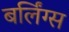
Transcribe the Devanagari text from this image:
बर्लिंग्स